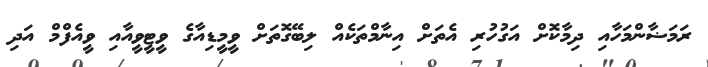
ރަމަޟާންމަހާއި ދިމާކޮށް އަގުހުރި އެތަށް އިނާމްތަކެއް ލިބޭގޮތަށް ވީމީޑިއާގެ ވީޓީވީއާއި ވީއެފްމް އަދި